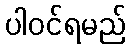
ပါဝင်ရမည်